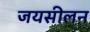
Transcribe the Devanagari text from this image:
जयसीलन